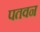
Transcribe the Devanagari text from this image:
पतवन